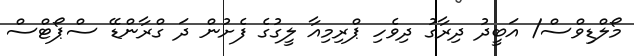
މޯލްޑިވްސް/ އަބީދު ދިރާގު ދިވެހި ޕްރިމިއާ ލީގުގެ ފެށުން ދަ ގްރާންޑޭ ސްޕޯޓްސް